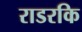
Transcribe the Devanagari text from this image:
राडरकि